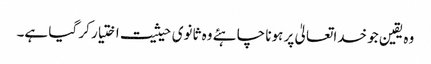
وہ یقین جو خداتعالیٰ پر ہونا چاہئے وہ ثانوی حیثیت اختیار کر گیا ہے۔